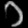
Digit: ၁